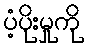
ပံ့ပိုးမှုကို